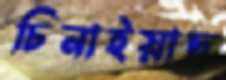
চিনাইয়াছ